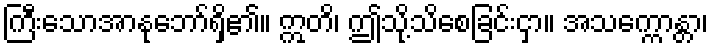
ကြီးသောအာနုဘော်ရှိ၏။ ဣတိ၊ ဤသို့သိစေခြင်းငှာ။ အသက္ကောန္တာ၊